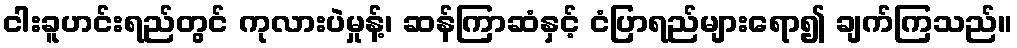
ငါးခူဟင်းရည်တွင် ကုလားပဲမှုန့်၊ ဆန်ကြာဆံနှင့် ငံပြာရည်များရော၍ ချက်ကြသည်။